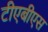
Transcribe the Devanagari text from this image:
टीएबीएस